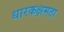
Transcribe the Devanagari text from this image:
धारकक्षमता